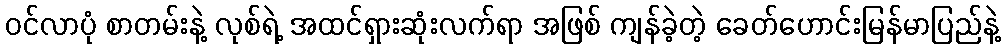
ဝင်လာပုံ စာတမ်းနဲ့ လုစ်ရဲ့ အထင်ရှားဆုံးလက်ရာ အဖြစ် ကျန်ခဲ့တဲ့ ခေတ်ဟောင်းမြန်မာပြည်နဲ့